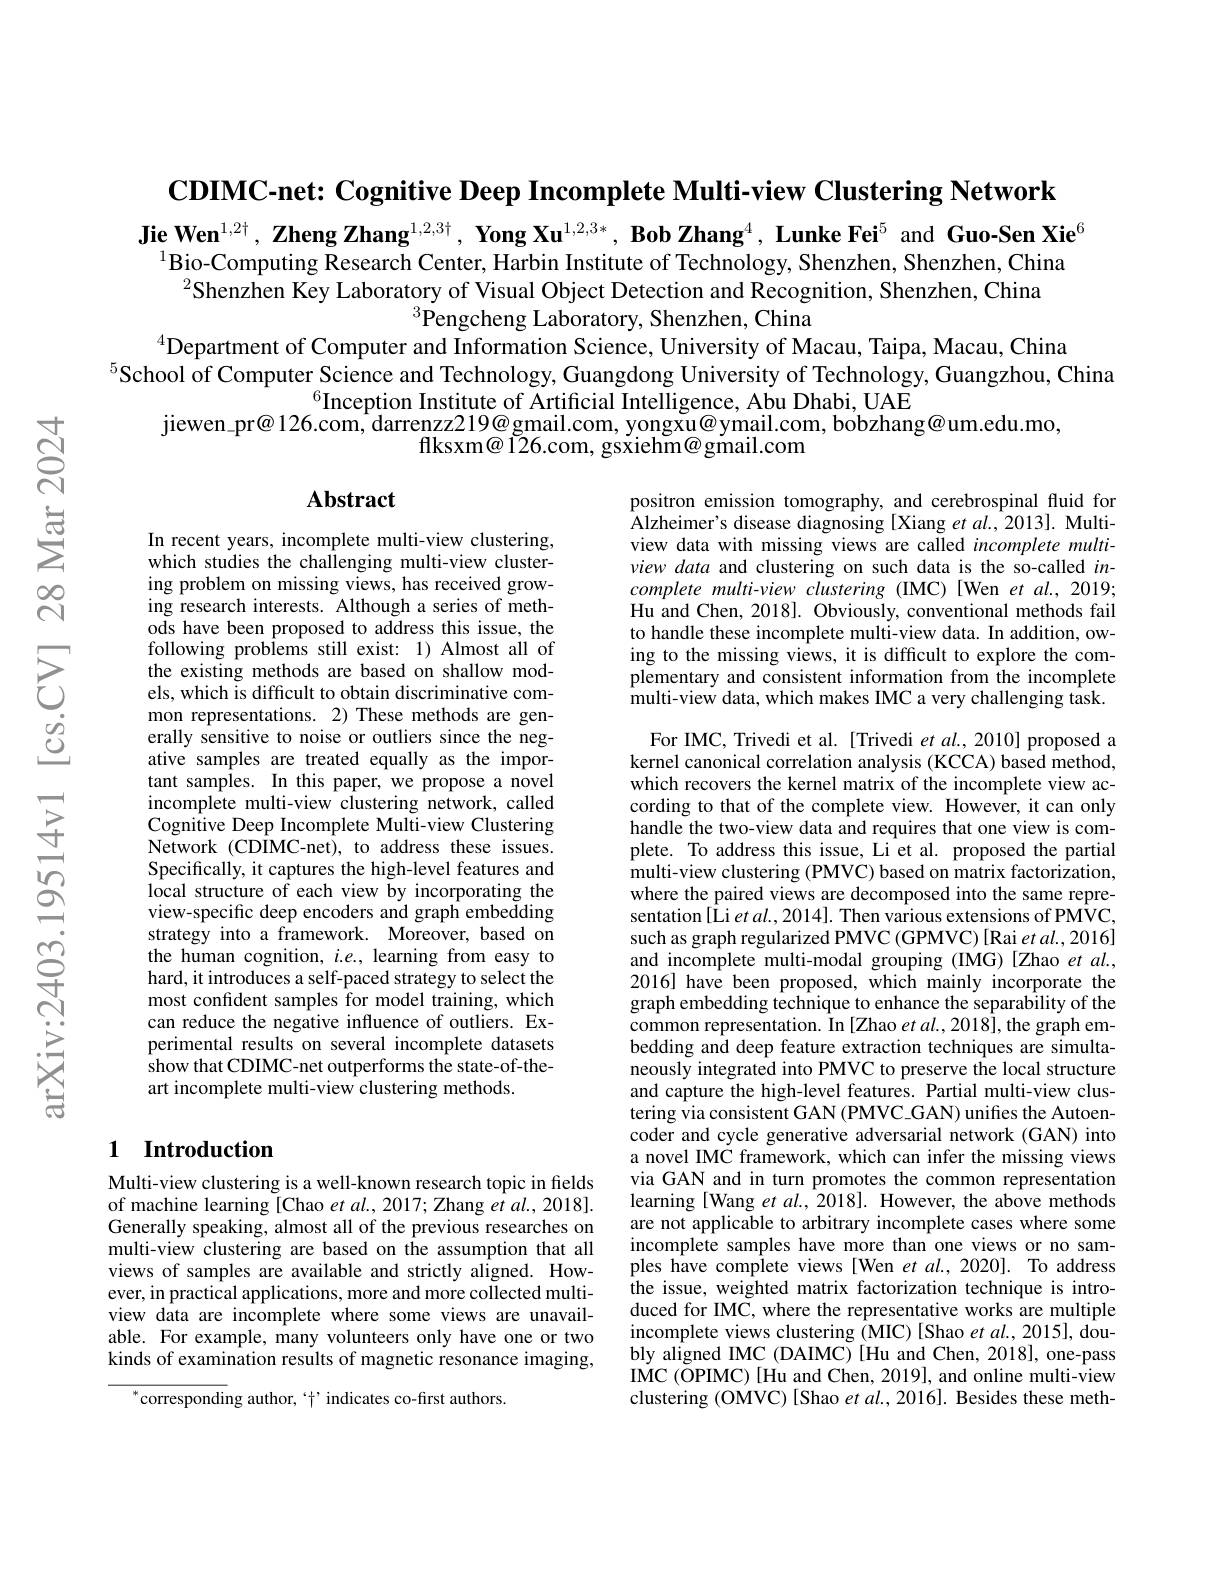
$\textbf{CDIMC- net: Cognitive Deep Incomplete Multi- view Clustering Network}$

Jie Wen$^{1,2\nmid},\textbf{ZhengZhang}^{1,2,3\nmid},\textbf{YongXu}^{1,2,3*},\textbf{BobZhang}^4,\textbf{LunkeFei}^5$ and Guo-Sen Xie$^6$
$^{1}$Bio-Computing Research Center, Harbin Institute of Technology, Shenzhen, Shenzhen, China
$^{2}$Shenzhen Key Laboratory of Visual Object Detection and Recognition, Shenzhen, China
$^{3}$Pengcheng Laboratory, Shenzhen, China
$^{4}$Department of Computer and Information Science, University of Macau, Taipa, Macau, China
$^{5}$School of Computer Science and Technology, Guangdong University of Technology, Guangzhou, China
$^{6}$Inception Institute of Artificial Intelligence, Abu Dhabi, UAE
$jiewen\_pr@126.com, darrenzz219@gmail.com, yongxu@ymail.com, bobzhang@um.edu.mo$,
flksxm@ I26.com, gsxiehm@gmail.com

## $\mathbf{Abstract}$

positron emission tomography, and cerebrospinal fluid for Alzheimer's disease diagnosing [Xiang et al., 2013]. Multiview data with missing views are called incomplete multiview data and clustering on such data is the so-called incomplete multi-view clustering (IMC)[Wen et al., 2019; Hu and Chen, 2018]. Obviously, conventional methods fail to handle these incomplete multi-view data. In addition, owing to the missing views, it is difficult to explore the complementary and consistent information from the incomplete multi-view data, which makes IMC a very challenging task.

In recent years, incomplete multi-view clustering, which studies the challenging multi-view clustering problem on missing views, has received growing research interests. Although a series of methods have been proposed to address this issue, the following problems still exist: 1) Almost all of the existing methods are based on shallow models, which is difficult to obtain discriminative common representations. 2) These methods are generally sensitive to noise or outliers since the negative samples are treated equally as the important samples. In this paper, we propose a novel incomplete multi-view clustering network, called Cognitive Deep Incomplete Multi-view Clustering Network (CDIMC-net), to address these issues. Specifically, it captures the high-level features and local structure of each view by incorporating the view-specific deep encoders and graph embedding strategy into a framework. Moreover, based on the human cognition, $i.e.$, learning from easy to hard, it introduces a self-paced strategy to select the most confident samples for model training, which can reduce the negative influence of outliers. Experimental results on several incomplete datasets show that CDIMC-net outperforms the state-of-theart incomplete multi-view clustering methods.

For IMC, Trivedi et al. [Trivedi et al.2010] proposed a kernel canonical correlation analysis (KCCA) based method, which recovers the kernel matrix of the incomplete view according to that of the complete view. However, it can only handle the two-view data and requires that one view is complete. To address this issue, Li et al. proposed the partial multi-view clustering (PMVC) based on matrix factorization, where the paired views are decomposed into the same representation[Li et $al.,2014].$ Then various extensions of PMVC, such as graph regularized PMVC (GPMVC) [Rai et al., 2016] and incomplete multi-modal grouping (IMG)[Zhao et al., 2016] have been proposed, which mainly incorporate the graph embedding technique to enhance the separability of the common representation. In [Zhao et al.,2018], the graph embedding and deep feature extraction techniques are simultaneously integrated into PMVC to preserve the local structure and capture the high-level features. Partial multi-view clustering via consistent GAN (PMVC\_GAN) unifies the Autoencoder and cycle generative adversarial network (GAN) into a novel IMC framework, which can infer the missing views via GAN and in turn promotes the common representation learning [Wang et al., 2018]. However, the above methods are not applicable to arbitrary incomplete cases where some incomplete samples have more than one views or no samples have complete views [Wen et al., 2020]. To address the issue, weighted matrix factorization technique is introduced for IMC, where the representative works are multiple incomplete views clustering (MIC) [Shao et al., 2015], doubly aligned IMC (DAIMC)[Hu and Chen, 2018], one-pass IMC (OPIMC) [Hu and Chen, 2019], and online multi-view clustering (OMVC) [Shao $etal.,2016].$ Besides these meth-

### 1 Introduction

Multi-view clustering is a well-known research topic in fields of machine learning [Chao et al., 2017; Zhang et al., 2018]. Generally speaking, almost all of the previous researches on multi-view clustering are based on the assumption that all views of samples are available and strictly aligned. However, in practical applications, more and more collected multiview data are incomplete where some views are unavailable. For example, many volunteers only have one or two kinds of examination results of magnetic resonance imaging,

$^{*}$corresponding author,“十”indicates co-first authors.